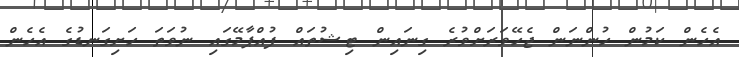
އެހެން ކަމުން ހުންނަން ޖެހޭވަރަށްވުރެ ގިނައިން ޓިޝުތައް ފުއްޕާމޭގައި ނުވަތަ ހަށިގަނޑުގެ އެހެން